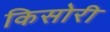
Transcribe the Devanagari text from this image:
किसोरी